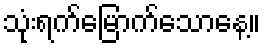
သုံးရက်မြောက်သောနေ့။